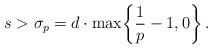
LaTeX: \begin{align*}s > \sigma_p = d \cdot \max\!\left\{\frac{1}{p}-1,0\right\}.\end{align*}